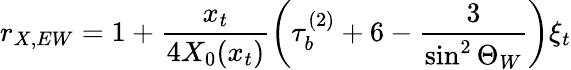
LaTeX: r_{X,EW}=1+\frac{x_{t}}{4X_{0}(x_{t})}\left(\tau_{b}^{(2)}+6-\frac{3}{\sin^{2}\Theta_{W}}\right)\xi_{t}